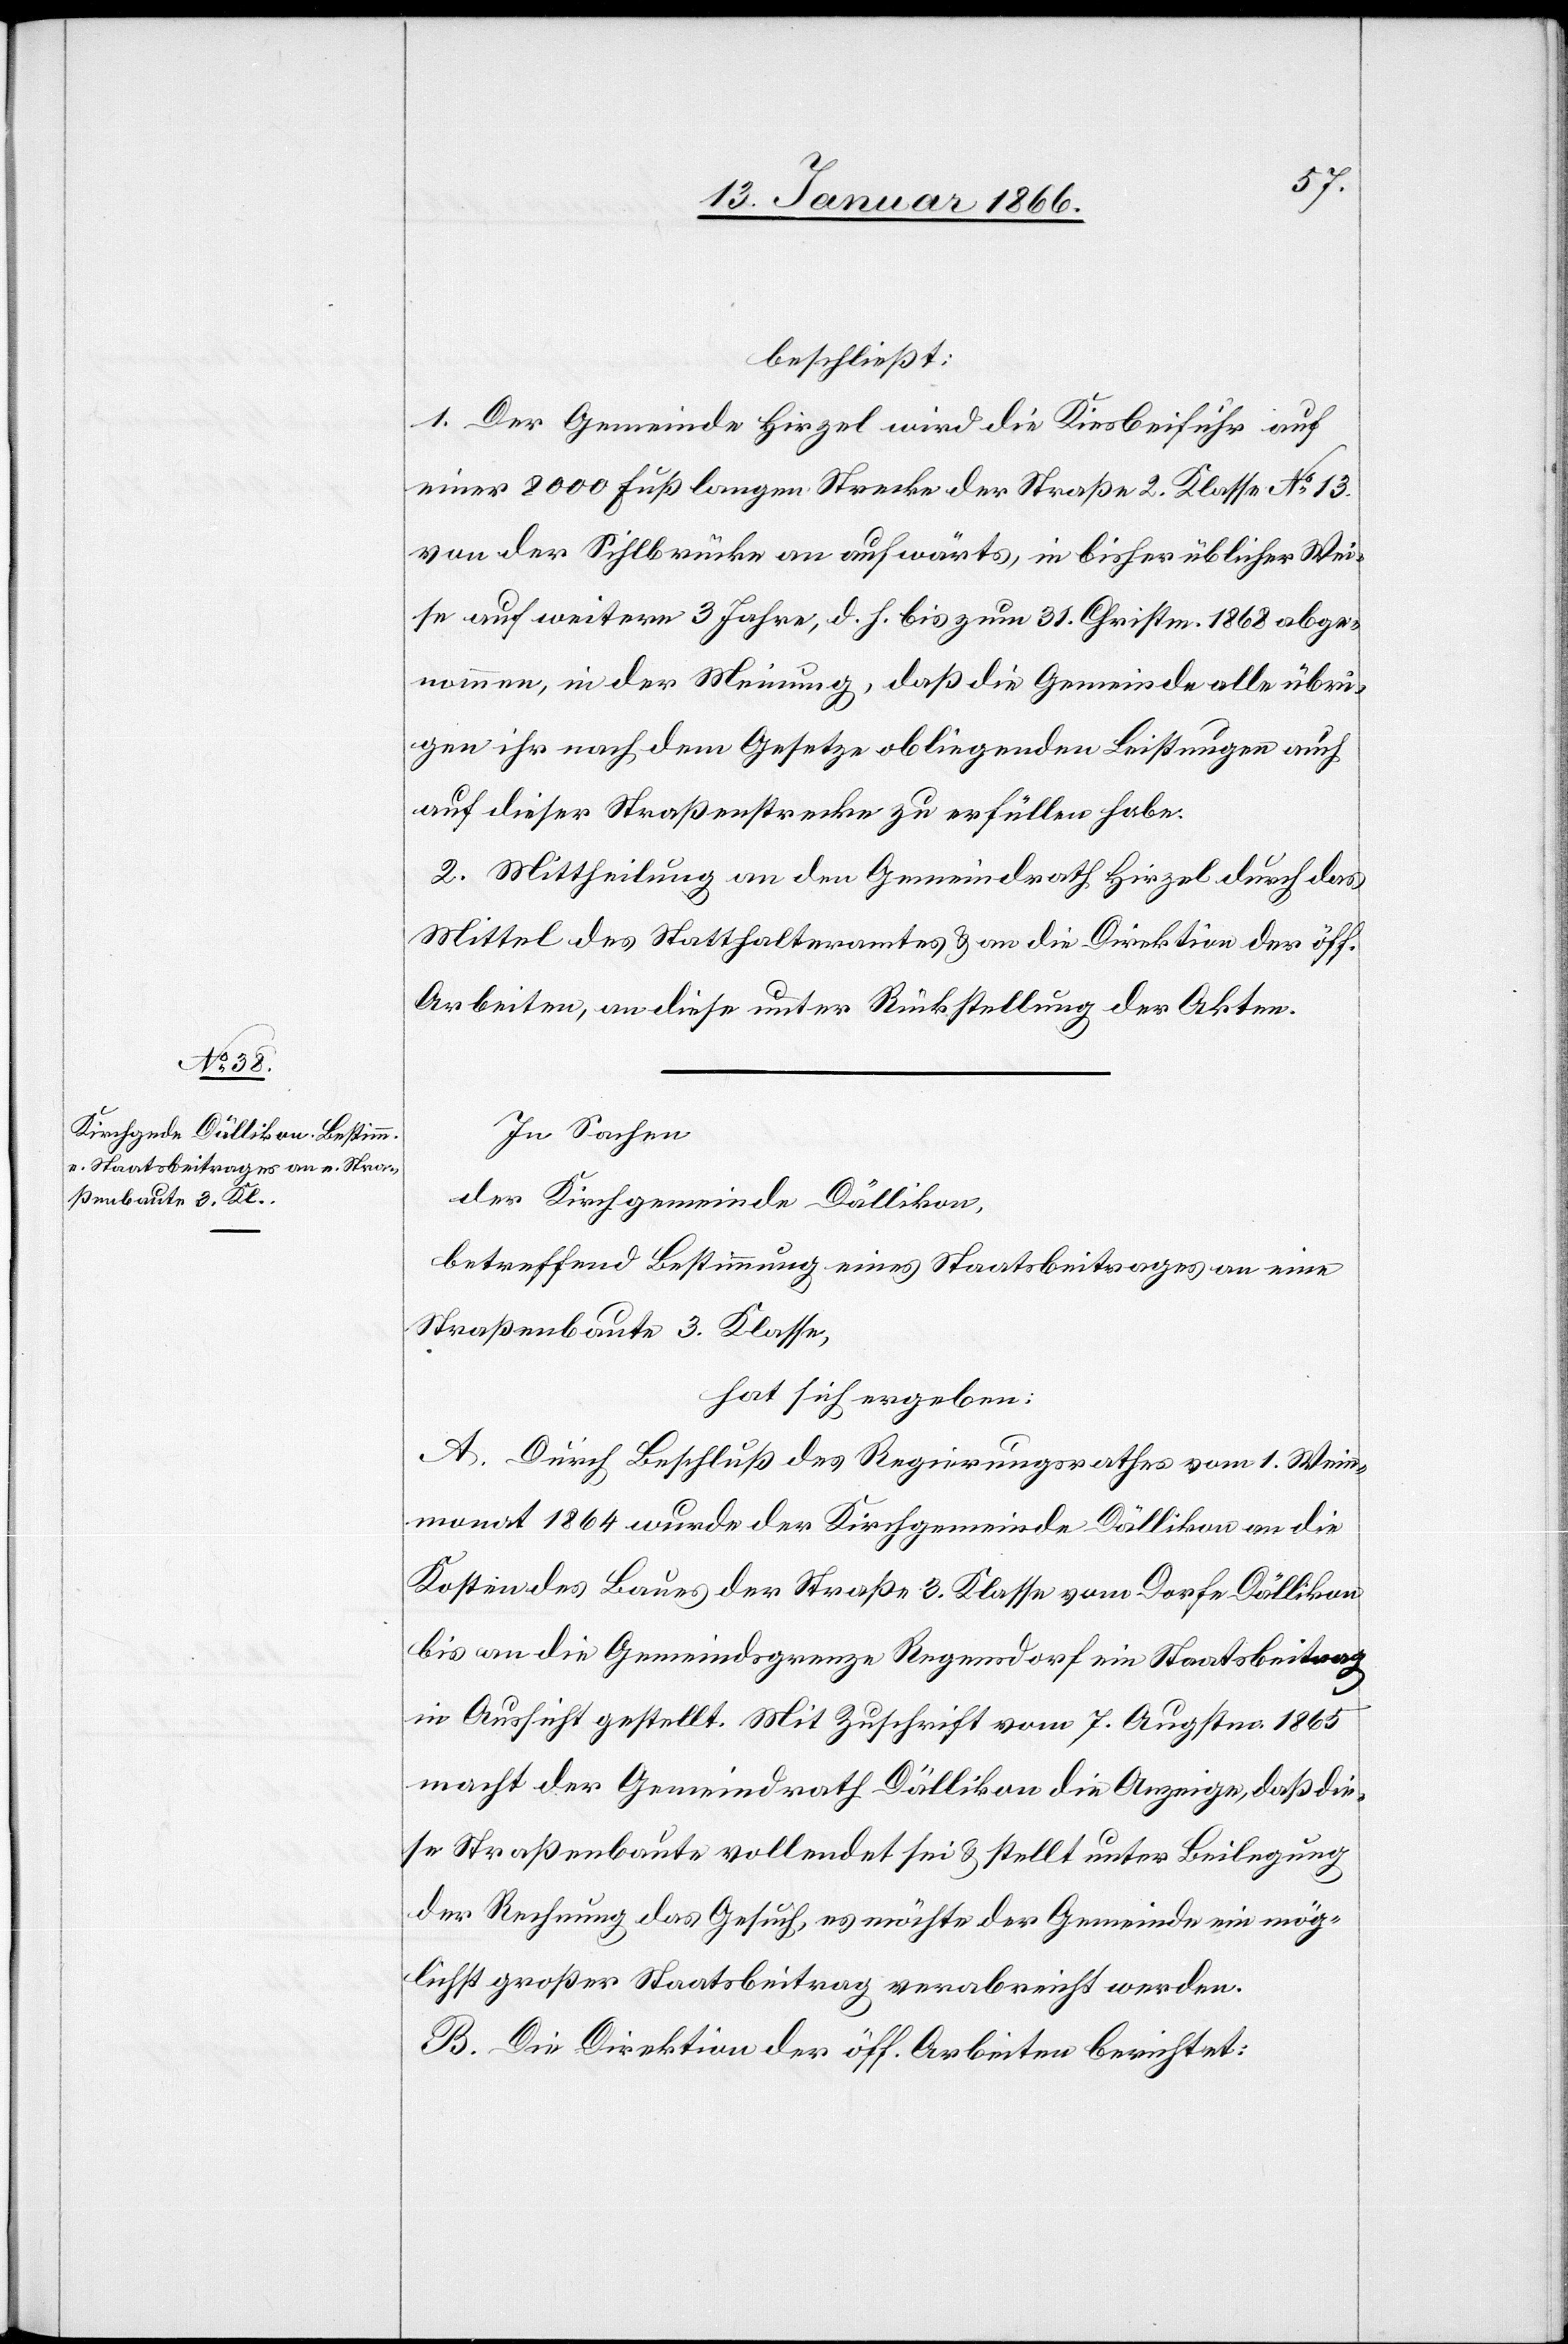
beschließt:
1. Der Gemeinde Hirzel wird die Kiesbeifuhr auf
einer 8000 Fuß langen Strecke der Straße 2. Klasse No. 13.
von der Sihlbrücke an aufwärts, in bisher üblicher Wei¬
se auf weitere 3 Jahre, d. h. bis zum 31. Christm. 1868 abge¬
nommen, in der Meinung, daß die Gemeinde alle übri¬
gen ihr nach dem Gesetze obliegenden Leistungen auch
auf dieser Straßenstrecke zu erfüllen habe.
2. Mittheilung an den Gemeindrath Hirzel durch das
Mittel des Statthalteramtes u. an die Direktion der öff.
Arbeiten, an diese unter Rückstellung der Akten.
In Sachen
der Kirchgemeinde Dällikon,
betreffend Bestimmung eines Staatsbeitrages an eine
Straßenbaute 3. Klasse,
hat sich ergeben:
A. Durch Beschluß des Regierungsrathes vom 1. Wein¬
monat 1864 wurde der Kirchgemeinde Dällikon an die
Kosten des Baues der Straße 3. Klasse vom Dorfe Dällikon
bis an die Gemeindsgrenze Regensdorf ein Staatsbeitrag
in Aussicht gestellt. Mit Zuschrift vom 7. Augstm. 1865
macht der Gemeindrath Dällikon die Anzeige, daß die¬
se Straßenbaute vollendet sei u. stellt unter Beilegung
der Rechnung das Gesuch, es möchte der Gemeinde ein mög¬
lichst großer Staatsbeitrag verabreicht werden.
B. Die Direktion der öff. Arbeiten berichtet: